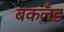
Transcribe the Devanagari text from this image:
बकलँड